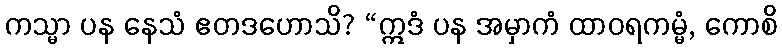
ကသ္မာ ပန နေသံ ဧတဒဟောသိ? “ဣဒံ ပန အမှာကံ ထာဝရကမ္မံ, ကောစိ